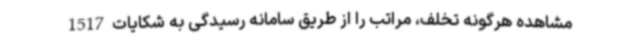
مشاهده هرگونه تخلف، مراتب را از طریق سامانه رسیدگی به شکایات 1517